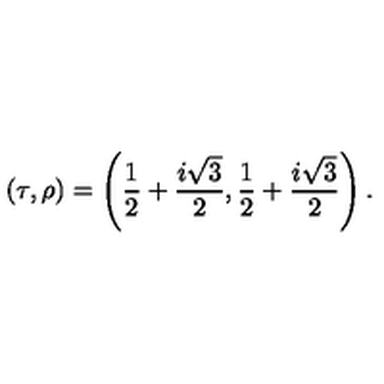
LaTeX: ( \tau , \rho ) = \left( \frac { 1 } { 2 } + \frac { i \sqrt { 3 } } { 2 } , \frac { 1 } { 2 } + \frac { i \sqrt { 3 } } { 2 } \right) .